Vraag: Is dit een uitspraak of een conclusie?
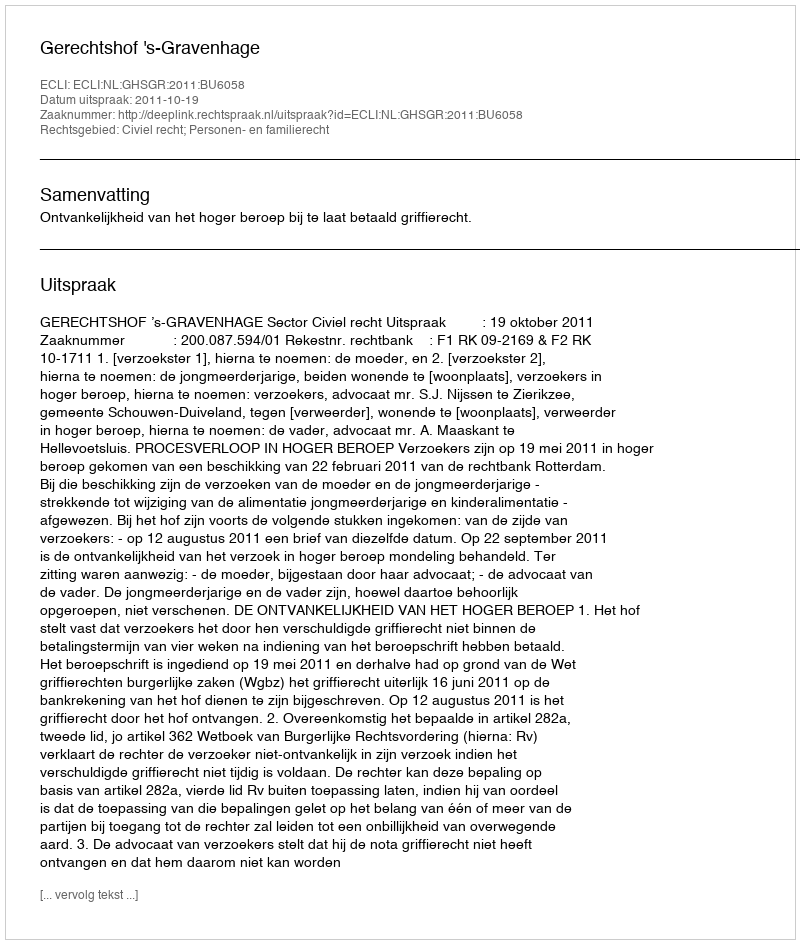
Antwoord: Uitspraak